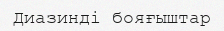
Диазинді бояғыштар